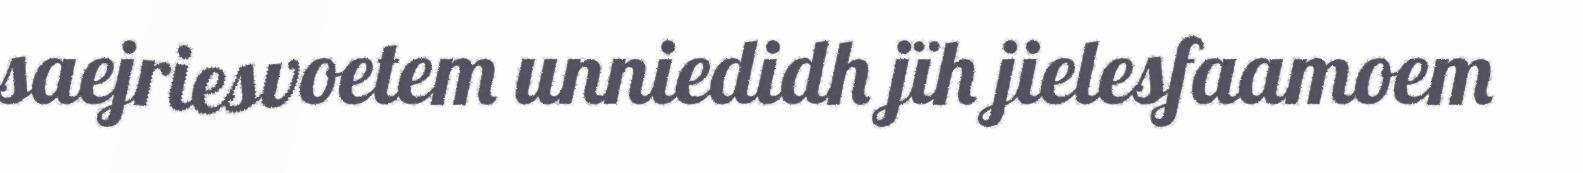
saejriesvoetem unniedidh jïh jielesfaamoem